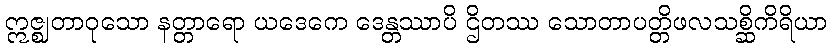
ဣဇ္ဈတာဝုသော နတ္တာရော ယဒေကေ ဒေန္တဿာပိ ဌိတဿ သောတာပတ္တိဖလသစ္ဆိကိရိယာ